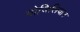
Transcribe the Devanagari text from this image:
मोजिलियान